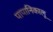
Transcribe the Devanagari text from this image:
पापानिकालू